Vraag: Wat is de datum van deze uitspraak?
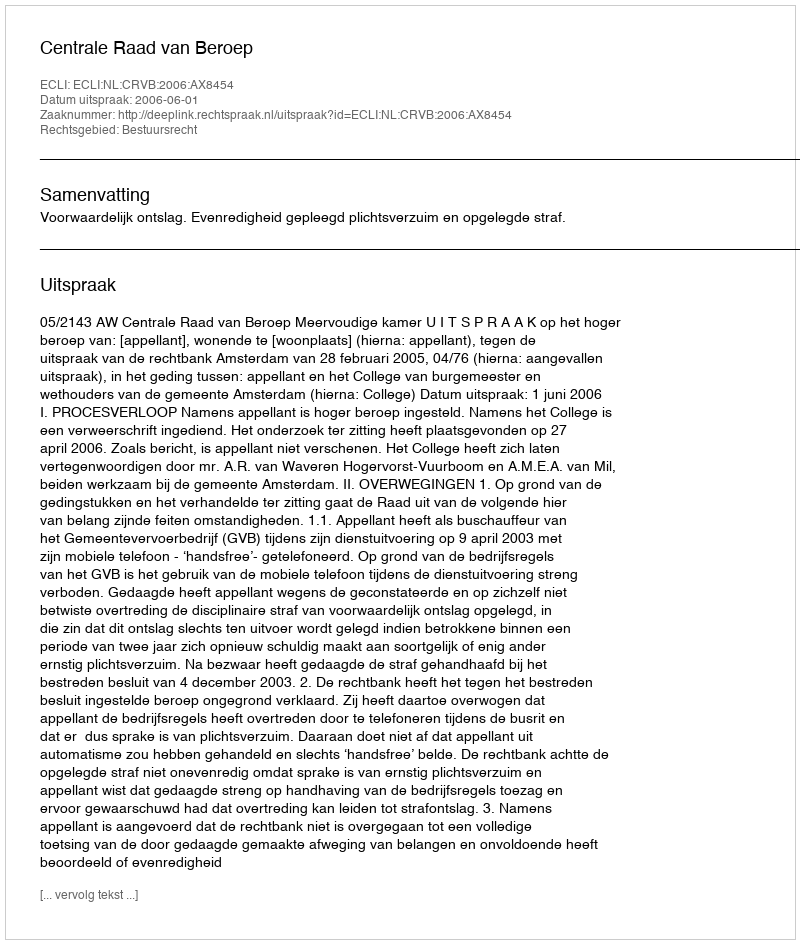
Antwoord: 2006-06-01